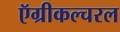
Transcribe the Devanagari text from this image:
ऍग्रीकल्चरल